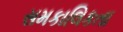
સમકાલિકતા